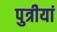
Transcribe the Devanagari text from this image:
पुत्रीयां